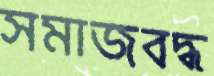
সমাজবদ্ধ